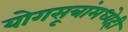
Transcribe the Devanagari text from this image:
योगसूत्रांमध्येही